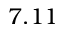
7 . 1 1